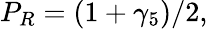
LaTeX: P_{R}=(1+\gamma_{5})/2,